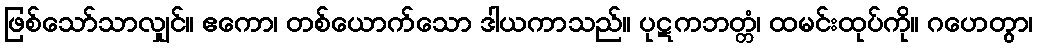
ဖြစ်သော်သာလျှင်။ ဧကော၊ တစ်ယောက်သော ဒါယကာသည်။ ပုဋကဘတ္တံ၊ ထမင်းထုပ်ကို။ ဂဟေတွာ၊